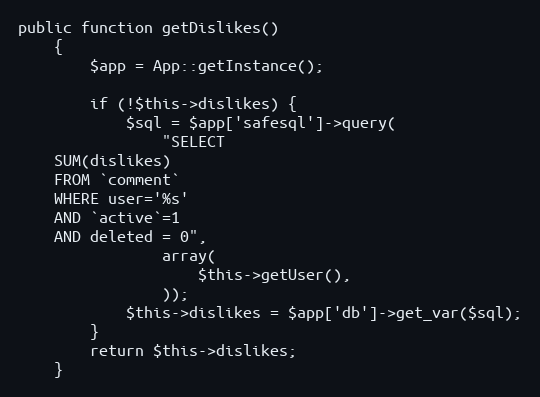
Language: PHP
public function getDislikes()
    {
        $app = App::getInstance();

        if (!$this->dislikes) {
            $sql = $app['safesql']->query(
                "SELECT
    SUM(dislikes)
    FROM `comment`
    WHERE user='%s'
    AND `active`=1
    AND deleted = 0",
                array(
                    $this->getUser(),
                ));
            $this->dislikes = $app['db']->get_var($sql);
        }
        return $this->dislikes;
    }